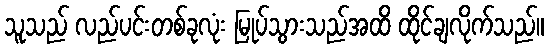
သူသည် လည်ပင်းတစ်ခုလုံး မြုပ်သွားသည်အထိ ထိုင်ချလိုက်သည်။